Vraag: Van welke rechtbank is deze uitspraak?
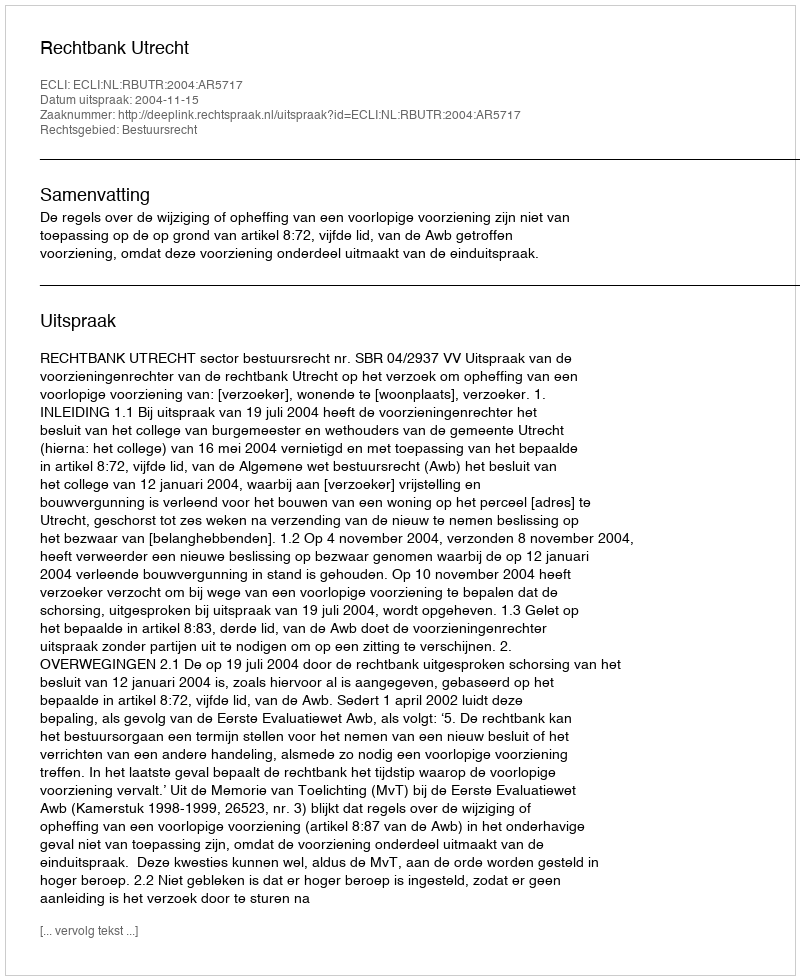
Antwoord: Rechtbank Utrecht